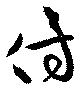
侍